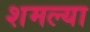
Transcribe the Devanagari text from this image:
शमल्या